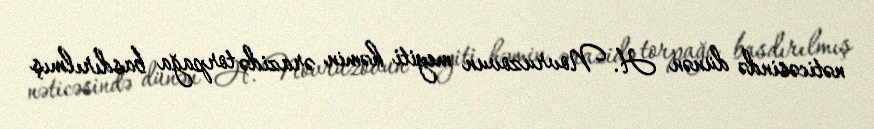
nəticəsində dünən H. Novruzovun meyiti həmin ərazidə torpağa basdırılmış